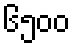
၆၅၀၀